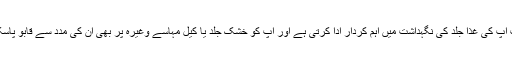
درحقیقت آپ کی غذا جلد کی نگہداشت میں اہم کردار ادا کرتی ہے اور آپ کو خشک جلد یا کیل مہاسے وغیرہ پر بھی ان کی مدد سے قابو پاسکتے ہیں۔